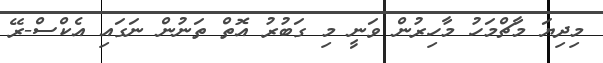
މިދިޔަ މާޗްމަހު މާހިރުން ވަނީ މި ގަބުރު އޮތް ތަނުން ނަގައި އެކްސް-ރޭ